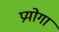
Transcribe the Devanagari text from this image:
प्रयोगां